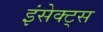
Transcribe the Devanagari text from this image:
इंसेक्ट्स